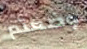
وضعتم